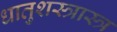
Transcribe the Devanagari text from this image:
धातुशस्त्रास्त्र